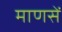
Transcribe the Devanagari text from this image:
माणसें